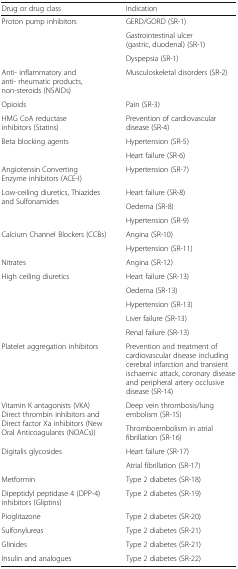
<table><thead><tr><td><b>Drug or drug class</b></td><td><b>Indication</b></td></tr></thead><tbody><tr><td rowspan="3">Proton pump inhibitors</td><td>GERD/GORD (SR-1)</td></tr><tr><td>Gastrointestinal ulcer (gastric, duodenal) (SR-1)</td></tr><tr><td>Dyspepsia (SR-1)</td></tr><tr><td>Anti- inflammatory and anti- rheumatic products, non-steroids (NSAIDs)</td><td>Musculoskeletal disorders (SR-2)</td></tr><tr><td>Opioids</td><td>Pain (SR-3)</td></tr><tr><td>HMG CoA reductase inhibitors (Statins)</td><td>Prevention of cardiovascular disease (SR-4)</td></tr><tr><td rowspan="2">Beta blocking agents</td><td>Hypertension (SR-5)</td></tr><tr><td>Heart failure (SR-6)</td></tr><tr><td>Angiotensin Converting Enzyme inhibitors (ACE-I)</td><td>Hypertension (SR-7)</td></tr><tr><td rowspan="3">Low-ceiling diuretics, Thiazides and Sulfonamides</td><td>Heart failure (SR-8)</td></tr><tr><td>Oedema (SR-8)</td></tr><tr><td>Hypertension (SR-9)</td></tr><tr><td rowspan="2">Calcium Channel Blockers (CCBs)</td><td>Angina (SR-10)</td></tr><tr><td>Hypertension (SR-11)</td></tr><tr><td>Nitrates</td><td>Angina (SR-12)</td></tr><tr><td rowspan="5">High ceiling diuretics</td><td>Heart failure (SR-13)</td></tr><tr><td>Oedema (SR-13)</td></tr><tr><td>Hypertension (SR-13)</td></tr><tr><td>Liver failure (SR-13)</td></tr><tr><td>Renal failure (SR-13)</td></tr><tr><td>Platelet aggregation inhibitors</td><td>Prevention and treatment of cardiovascular disease including cerebral infarction and transient ischaemic attack, coronary disease and peripheral artery occlusive disease (SR-14)</td></tr><tr><td rowspan="2">Vitamin K antagonists (VKA) Direct thrombin inhibitors and Direct factor Xa inhibitors (New Oral Anticoagulants (NOACs))</td><td>Deep vein thrombosis/lung embolism (SR-15)</td></tr><tr><td>Thromboembolism in atrial fibrillation (SR-16)</td></tr><tr><td rowspan="2">Digitalis glycosides</td><td>Heart failure (SR-17)</td></tr><tr><td>Atrial fibrillation (SR-17)</td></tr><tr><td>Metformin</td><td>Type 2 diabetes (SR-18)</td></tr><tr><td>Dipeptidyl peptidase 4 (DPP-4) inhibitors (Gliptins)</td><td>Type 2 diabetes (SR-19)</td></tr><tr><td>Pioglitazone</td><td>Type 2 diabetes (SR-20)</td></tr><tr><td>Sulfonylureas</td><td>Type 2 diabetes (SR-21)</td></tr><tr><td>Glinides</td><td>Type 2 diabetes (SR-21)</td></tr><tr><td>Insulin and analogues</td><td>Type 2 diabetes (SR-22)</td></tr></tbody></table>